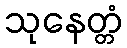
သုနေတ္တံ